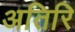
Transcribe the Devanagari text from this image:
अतिरि